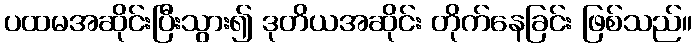
ပထမအဆိုင်းပြီးသွား၍ ဒုတိယအဆိုင်း တိုက်နေခြင်း ဖြစ်သည်။